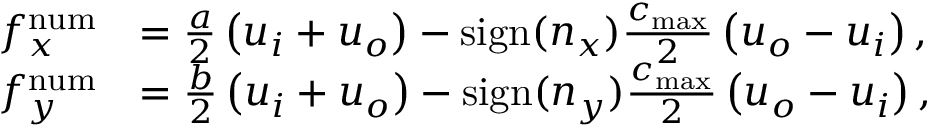
\begin{array} { r l } { f _ { x } ^ { \operatorname { n u m } } } & { = \frac { a } { 2 } \left( u _ { i } + u _ { o } \right) - \mathrm { s i g n } ( n _ { x } ) \frac { c _ { \mathrm { m a x } } } { 2 } \left( u _ { o } - u _ { i } \right) , } \\ { f _ { y } ^ { \operatorname { n u m } } } & { = \frac { b } { 2 } \left( u _ { i } + u _ { o } \right) - \mathrm { s i g n } ( n _ { y } ) \frac { c _ { \mathrm { m a x } } } { 2 } \left( u _ { o } - u _ { i } \right) , } \end{array}